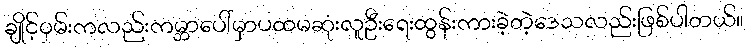
ချိုင့်ဝှမ်းကလည်းကမ္ဘာပေါ်မှာပထမဆုံးလူဦးရေးထွန်းကားခဲ့တဲ့ဒေသလည်းဖြစ်ပါတယ်။